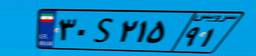
۳۰S۲۱۵۹۱